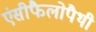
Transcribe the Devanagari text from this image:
एंसीफैलोपैथी